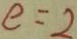
e = 2